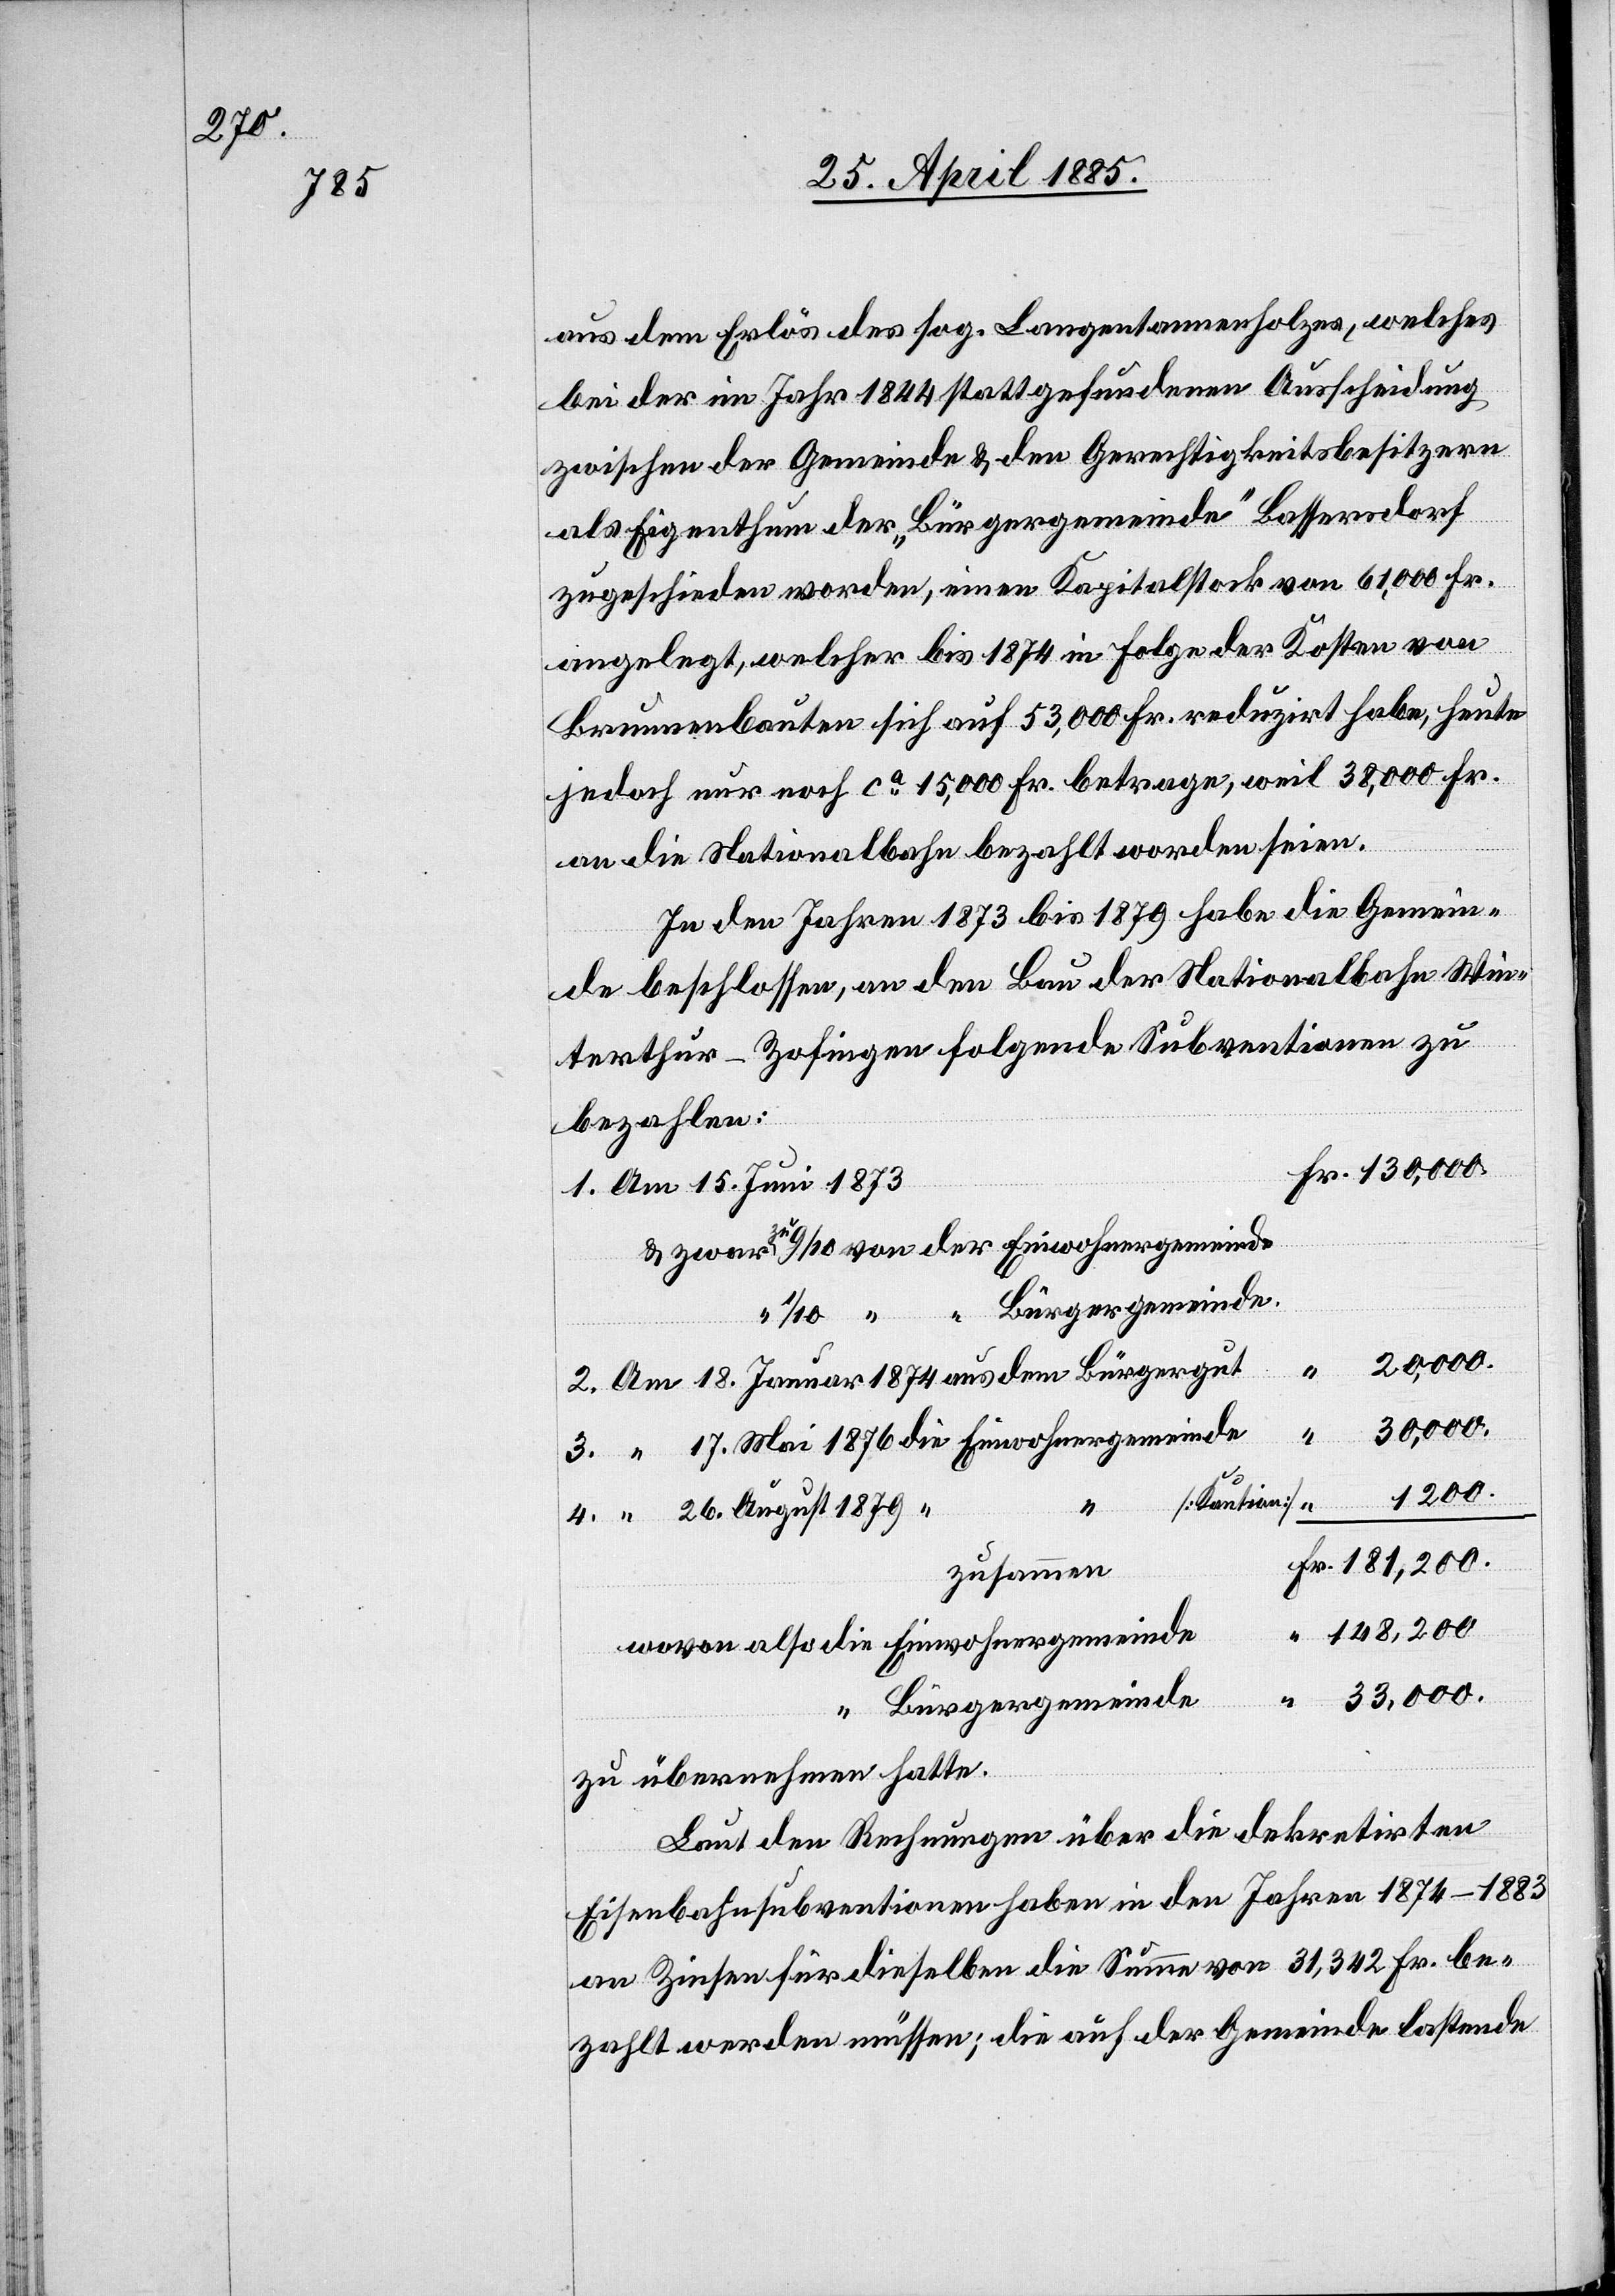
1879

1200.

aus dem Erlös des sog. Langentannenholzes, welches
bei der im Jahr 1844 stattgefundenen Ausscheidung
zwischen der Gemeinde & den Gerechtigkeitsbesitzern
als Eigenthum der „Bürgergemeinde“ Bassersdorf
zugeschieden worden, einen Kapitalstock von 61,000 Fr.
angelegt, welcher bis 1874 in Folge der Kosten von
Brunnenbauten sich auf 53,000 Fr. betrage, weil
an die Nationalbahn bezahlt worden seien.
In den Jahren 1873 bis 1879 habe die Gemein¬
de beschlossen, an den Bau der Nationalbahn Win¬
terthur–Zofingen folgende Subventionen zu
bezahlen:
Am 15. Juni 1873
20,000.
33,000.
4.
einde
zusammen
148,200.
Fr.
Bürgergemeinde
zu übernehmen hatte.
Laut den Rechnungen über die dekretirten
Eisenbahnsubventionen haben in den Jahren 1874–1883
an Zinsen für dieselben die Summe von 31,342 Fr. be¬
zahlt werden müssen; die auf der Gemeinde lastende